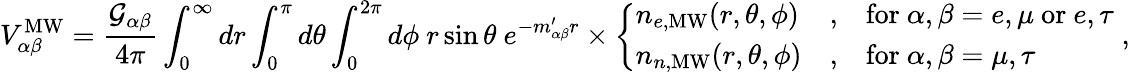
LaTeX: V_{\alpha\beta}^{\mathrm{MW}}=\frac{\mathcal{G}_{\alpha\beta}}{4\pi}\int_{0}^{\infty}dr\int_{0}^{\pi}d\theta\int_{0}^{2\pi}d\phi~r\sin\theta~e^{-m_{\alpha\beta}^{\prime}r}\times\left\{ \begin{array}{lll}{n_{e,\mathrm{MW}}(r,\theta,\phi)}&{,}&{\mathrm{for}~\alpha,\beta=e,\mu~\mathrm{or}~e,\tau}\\ {n_{n,\mathrm{MW}}(r,\theta,\phi)}&{,}&{\mathrm{for}~\alpha,\beta=\mu,\tau}\end{array}\right.\; ,